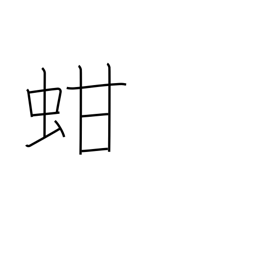
Meaning: ark shell